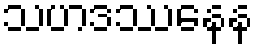
သဟဒဿနေန